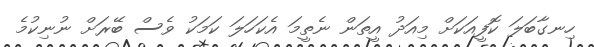
ހިނގާބަލަ ކޮފީއަކަށް މިއަދު އީތަން ނެތީމަ އެކަހަލަ ކަމަކު ވެސް ބޭރަށް ނުނިކުމެ